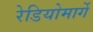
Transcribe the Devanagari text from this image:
रेडियोमार्गे